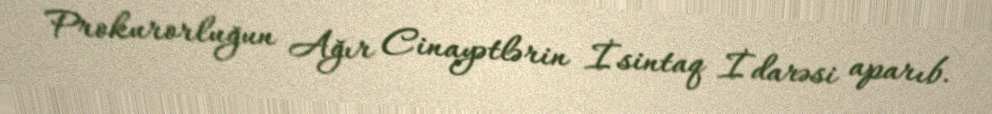
Prokurorluğun Ağır Cinayətlərin İsintaq İdarəsi aparıb.